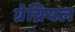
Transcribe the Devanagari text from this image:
ग्रेब्रियल